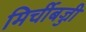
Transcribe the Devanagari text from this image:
मिर्चीबज्जी